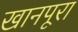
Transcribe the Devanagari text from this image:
खानपूरा